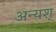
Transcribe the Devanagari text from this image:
अन्यश्